Tartu_Kolgata_baptistikogudus, lk 16
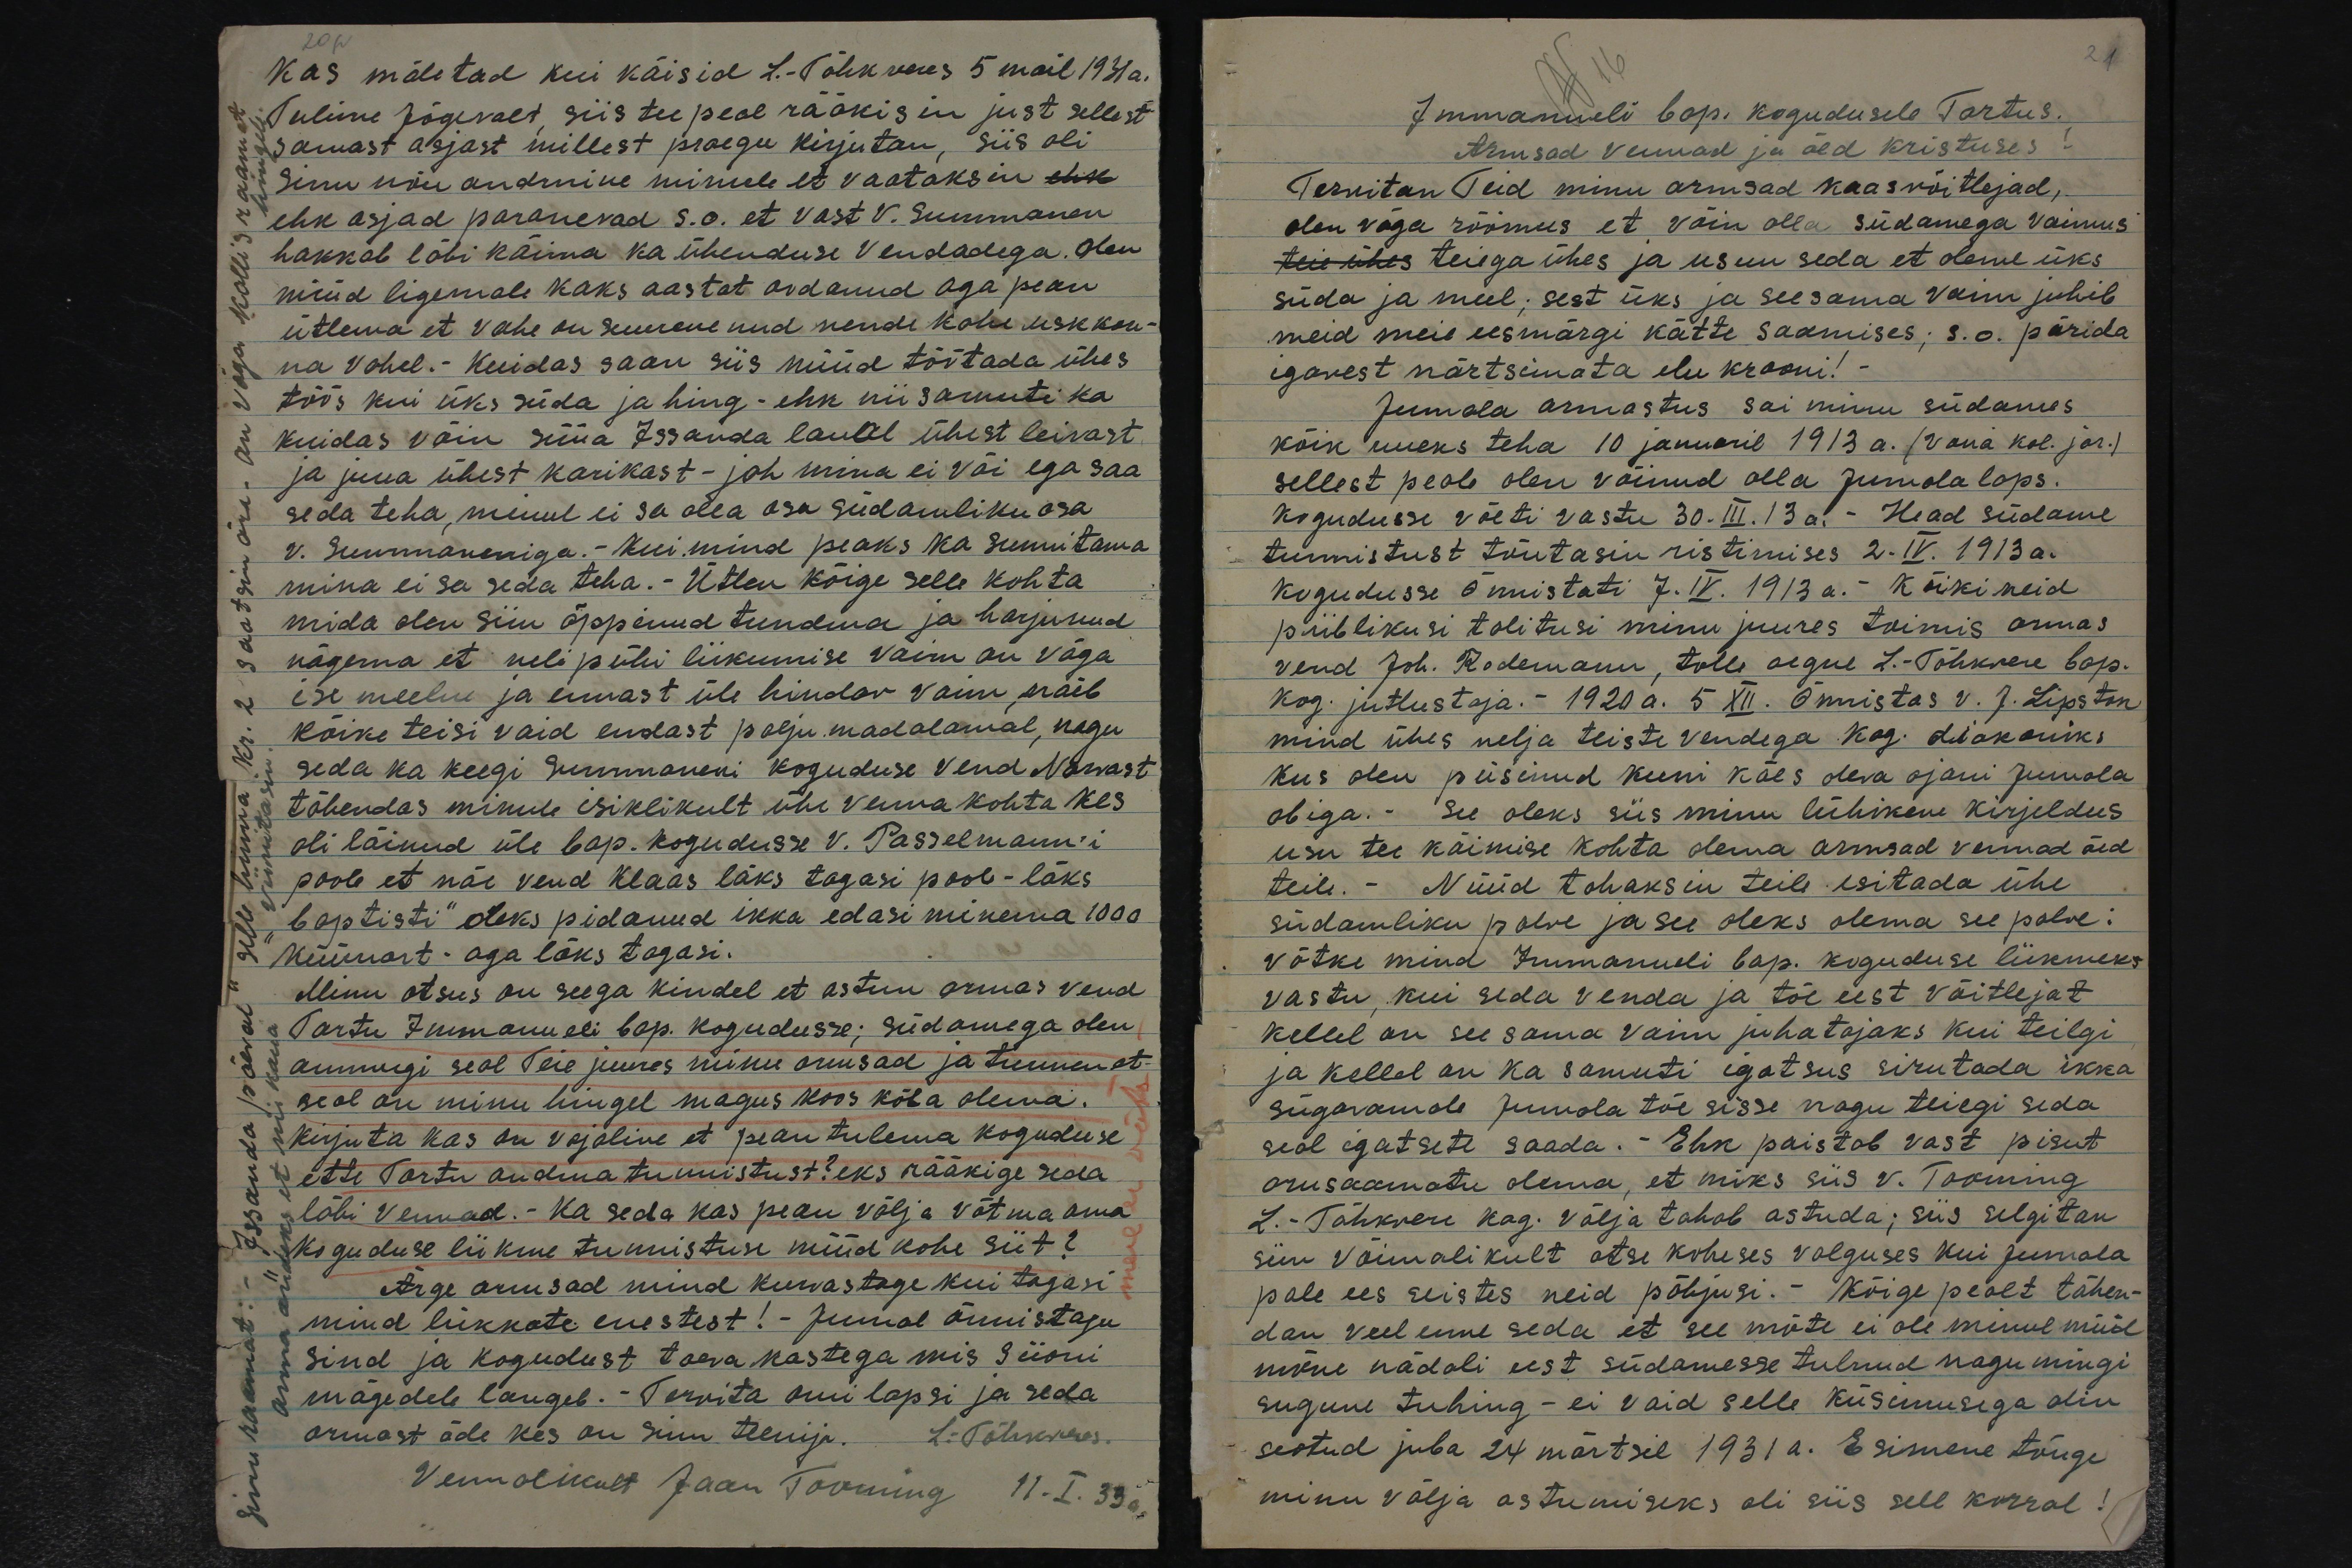
Kas mäletad kui käisid L.-Tähkveres 5 mail 1931 a.
Tulime Jõgevalt, siis tee peal rääkisin just sellest
samast asjast millest praegu kirjutan, siis oli
Sinu nõu andmine minule et vaataksin ehk
ehk asjad paranevad s.o. et vast V. Summanen
hakkab läbi käima ka ühenduse Vendadega. Olen
nüüd ligemale kaks aastat oodanud aga pean
ütlema et vahe on suurenenud nende kahe uskkon-
na vahel. Kuidas saan siis nüüd töötada ühes
töös kui üks süda ja hing - ehk nii samuti ka
kuidas võin süüa Issanda laual ühest leivast
ja juua ühest karikast - jah mina ei või ega saa
seda teha, minul ei sa olla osa südamliku osa
v. Summaneniga. - Kui mind peaks ka sunnitama
mina ei sa seda teha. - Ütlen kõige selle kohta
mida olen siin õppinud tundma ja harjunud
nägema et neli pühi liikumise vaim on väga
ise meelne ja ennast üle hindav vaim, näeb
kõike teisi vaid ennast palju madalamal, nagu
seda ka keegi Summaneni koguduse vend Narvast
tähendas minule isiklikult ühe venna kohta kes
oli läinud üle bap. kogudusse V. Passelmann'i
poole et näe vend Klaas läks tagasi poole - läks
"baptisti" deks pidanud ikka edasi minema 1000
küünart - aga läks tagasi.
Minu otsus on seega kindel et astun armas vend
Tartu Immanueli bap. kogudusse; südamega olen
ammugi seal Teie juures minu armsad ja tunnen et-
seal on minu hingel magus koos kõla olema.
Kirjuta kas on vajaline et pean tulema koguduse
ette Tartu andma tunnistust? eks rääkige seda
läbi vennad. - Ka seda kas pean välja võtma oma
koguduse liikme tunnistuse nüüd kohe siit?
Ärge armsad mind kurvastage kui tagasi
mind lükkate enestest! - Jumal õnnistagu
sind ja kogudust taevakastega mis Siioni.
mägedele langeb. - Tervita omi lapsi ja seda
armast õde kes on siin teenija. L.-Tähkveres.
Vennalikult Jaan Tooming 11.I.33 a.

21.
Immanueli bap. kogudusele Tartus.
Armsad Vennad ja õed Kristuses!
Tervitan Teid minu armsad kaasvõitlejad,
olen väga rõõmus, et võin olla südamega vaimus
teie ühes teiega ühes ja usun seda et oleme üks
süda ja meel; sest üks ja see sama Vaim juhib
meid meie eesmärgi kätte saamises; s.o. pärida
igavest närtsimata elu krooni!
Jumala armastus sai minu südames
kõik uueks teha 10 januaril 1913 a. (Vana kal. jär.)
sellest peale olen võinud olla Jumala laps.
Kogudusse võeti vastu 30.III.13 a. - Head südame
tunnistust tõutasin ristimises 2.IV.1913 a.
kogudusse õnnistati 7.IV.1913 a.- Kõiki neid
piiblikusi talitusi minu juures toimis armas
vend Joh. Rodemann, tolle aegne L.-Tähkvere bap.
kog. jutlustaja.- 1920 a. 5 XII. Õnnistas v. J. Lipston
mind ühes nelja teiste vendega kog. diakoniks
kus olen püsinud kuni käes oleva ajani Jumala
abiga.- See oleks siis minu lühikene kirjeldus
usu tee käimise kohta olema armsad vennad õed
teile. - Nüüd tahaksin teile esitada ühe
südamliku palve ja see oleks olema see palve:
võtke mind Immanueli bap. koguduse liikmeks
vastu, kui seda venda ja tõe eest võitlejat
kellel on see sama vaim juhatajaks kui teilgi
ja kellel on ka samuti igatsus sirutada ikka
sügavamale Jumala tõe sisse nagu teiegi seda
seal igatsete saada. Ehk paistab vast pisut
arusaamatu olema, et miks siis v. Tooming
L.-Tähkvere kog. välja tahab astuda; siis selgitan
siin võimalikult otse koheses valguses kui Jumala
pale ees seistes neid põhjusi. - Kõige pealt tähen-
dan veel enne seda et see mõte ei ole minul nüüd
mõne nädali eest südamesse tulnud nagu mingi
sugune tuhing - ei vaid selle küsimusega olin
seotud juba 24 märtsil 1931 a. Esimene tõuge
minu välja astumiseks oli siis sell korral!